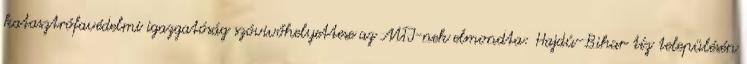
katasztrófavédelmi igazgatóság szóvivőhelyettese az MTI-nek elmondta: Hajdú-Bihar tíz településén